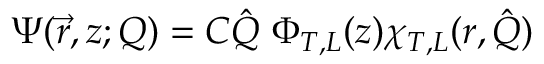
\Psi ( \vec { r } , z ; Q ) = C \hat { Q } \ \Phi _ { T , L } ( z ) \chi _ { T , L } ( r , \hat { Q } )